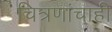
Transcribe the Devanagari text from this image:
चित्रणांचाही